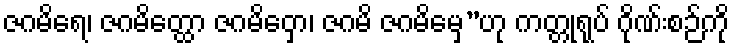
ဇဂမိရေ၊ ဇဂမိတ္ထော ဇဂမိဝှော၊ ဇဂမိ ဇဂမိမှေ”ဟု ကတ္တုရုပ် ဂိုဏ်းစဉ်ကို